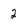
Character: 2